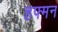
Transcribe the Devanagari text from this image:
हफ्मन